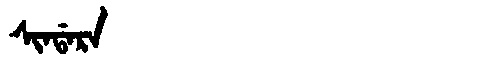
Manchu: ᠰᡳᠨᡩᠠᡵᠠ
Romanization: SINDARA